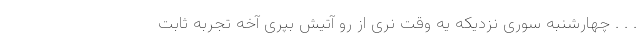
. . . چهارشنبه سوری نزدیکه یه وقت نری از رو آتیش بپری آخه تجربه ثابت